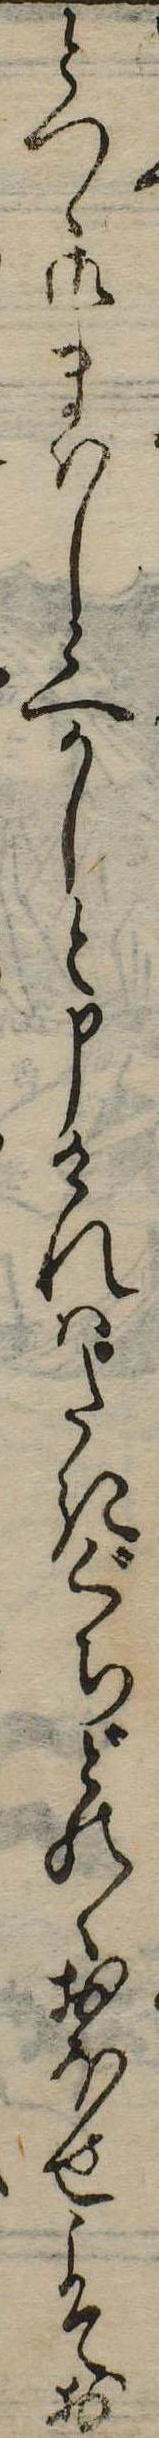
とつ御まいし候へかしと申けれはたきぐちどのゝおほせよてお